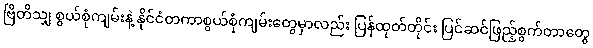
ဗြိတိသျှ စွယ်စုံကျမ်းနဲ့ နိုင်ငံတကာစွယ်စုံကျမ်းတွေမှာလည်း ပြန်ထုတ်တိုင်း ပြင်ဆင်ဖြည့်စွက်တာတွေ